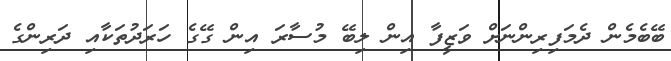
ބޭބެމެން ދެމަފިރިންނަށް ވަޒީފާ އިން ލިބޭ މުސާރަ އިން ގޭގެ ހަރަދުތަކާއި ދަރިންގެ